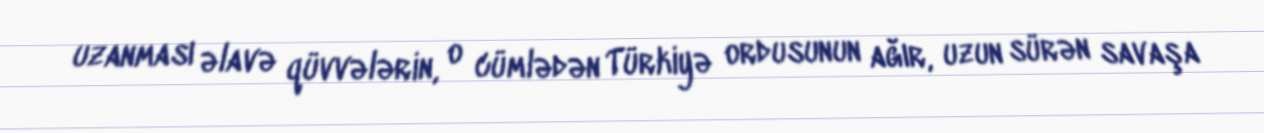
uzanması əlavə qüvvələrin, o cümlədən Türkiyə ordusunun ağır, uzun sürən savaşa